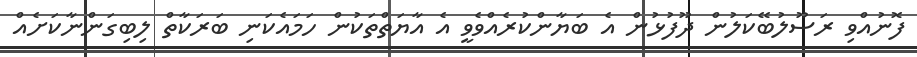
ފޮނުއްވި ރަސޫލުބޭކަލުން ދޫފުޅުން އެ ބަޔާންކުރެއްވެވީ އެ އާޔަތްތަކުން ހަމައެކަނި ބަރަކާތް ލިބިގަންނާކަށެއް